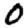
Digit: 0